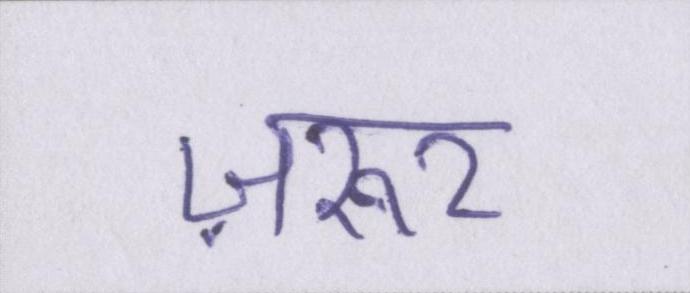
ज़रूर